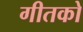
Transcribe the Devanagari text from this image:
गीतको